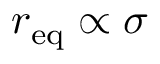
r _ { \mathrm { e q } } \propto \sigma